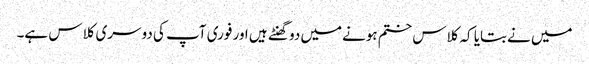
میں نےبتایا کہ کلاس ختم ہونےمیں دو گھنٹے ہیں اور فوری آپ کی دوسری کلاس ہے۔